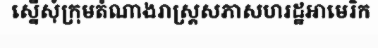
ស្នើសុំក្រុមតំណាងរាស្ត្រសភាសហរដ្ឋអាមេរិក